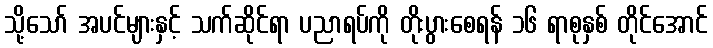
သို့သော် အပင်များနှင့် သက်ဆိုင်ရာ ပညာရပ်ကို တိုးပွားစေရန် ၁၆ ရာစုနှစ် တိုင်အောင်